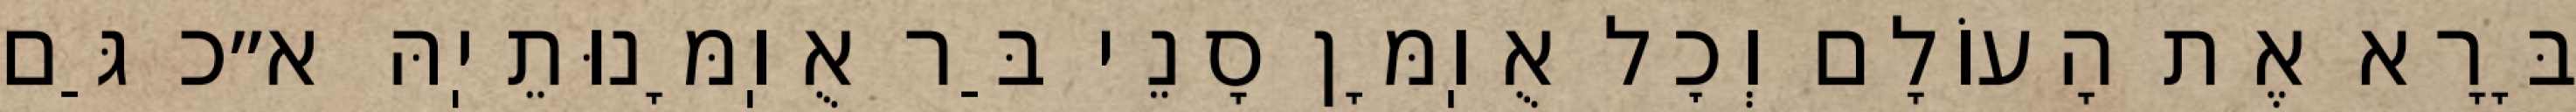
בָּרָא אֶת הָעוֹלָם וְכׇל אֻוֽמָּן סָנֵי בַּר אֻוֽמָּנוּתֵיֽהּ א״כ גַּם